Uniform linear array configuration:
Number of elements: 24
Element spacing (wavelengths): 1
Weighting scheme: cosine
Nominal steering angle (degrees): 60
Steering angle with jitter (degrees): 60.167
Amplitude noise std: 0.05
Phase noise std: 0.05

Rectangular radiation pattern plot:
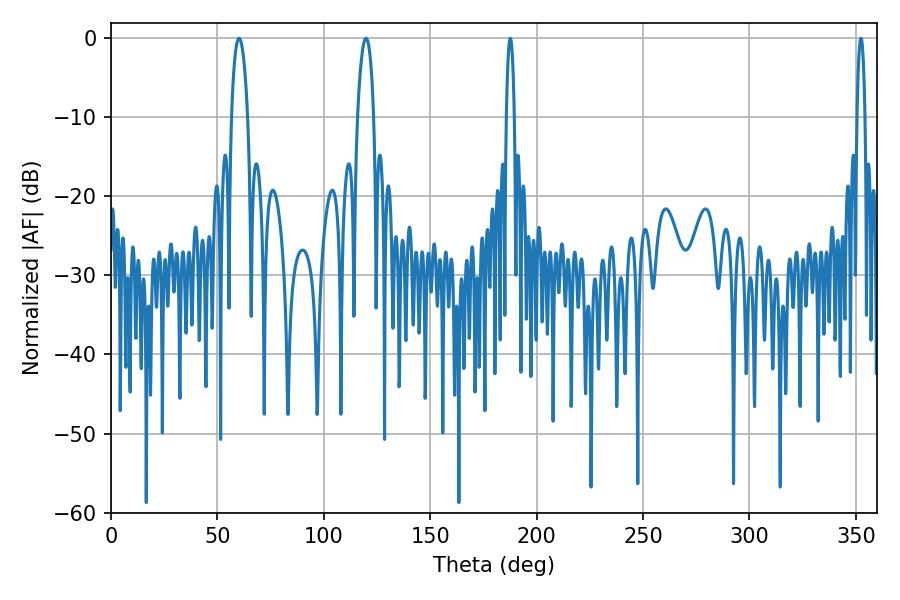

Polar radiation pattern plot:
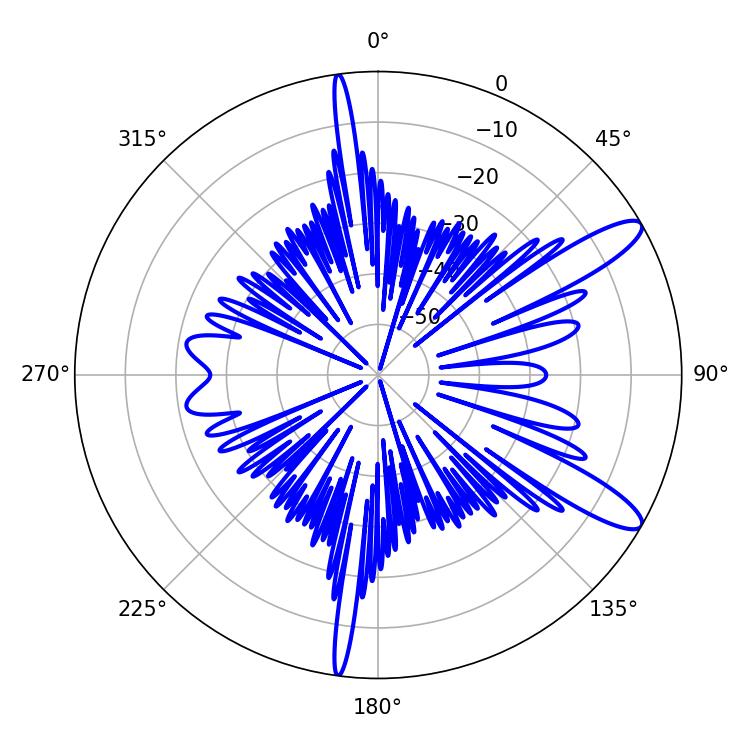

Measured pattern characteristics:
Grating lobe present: TRUE
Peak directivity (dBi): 11.8
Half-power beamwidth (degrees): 4.32
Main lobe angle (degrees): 60.12